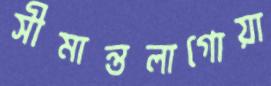
সীমান্তলাগোয়া